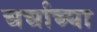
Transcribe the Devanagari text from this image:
चर्चाच्या